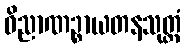
ဝိညာဏဉ္စာယတနသုတ္တံ